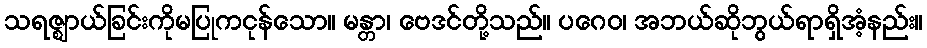
သရဇ္ဈာယ်ခြင်းကိုမပြုကငုန်သော။ မန္တာ၊ ဗေဒင်တို့သည်။ ပဂေဝ၊ အဘယ်ဆိုဘွယ်ရာရှိအံ့နည်း။